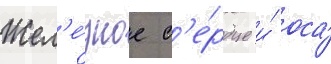
Жел'е́зное с'е́рдце и́ оса́